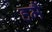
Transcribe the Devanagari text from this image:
हमैं